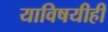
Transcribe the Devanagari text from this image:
याविषयीही